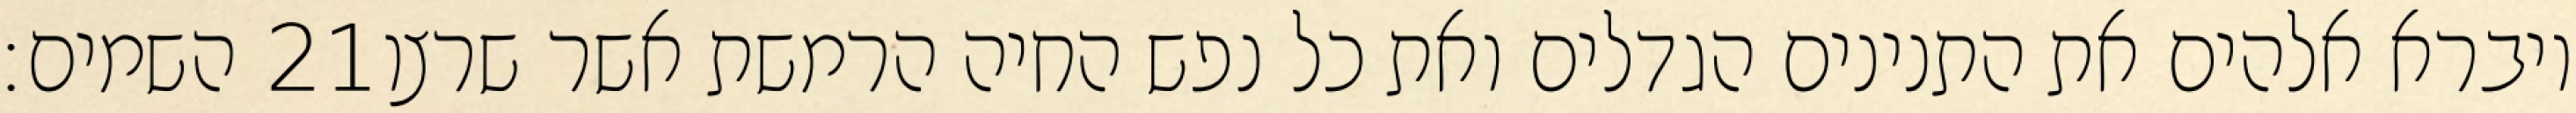
השמים׃ ‎21‏ ויברא אלהים את התנינים הגדלים ואת כל נפש החיה הרמשת אשר שרצו